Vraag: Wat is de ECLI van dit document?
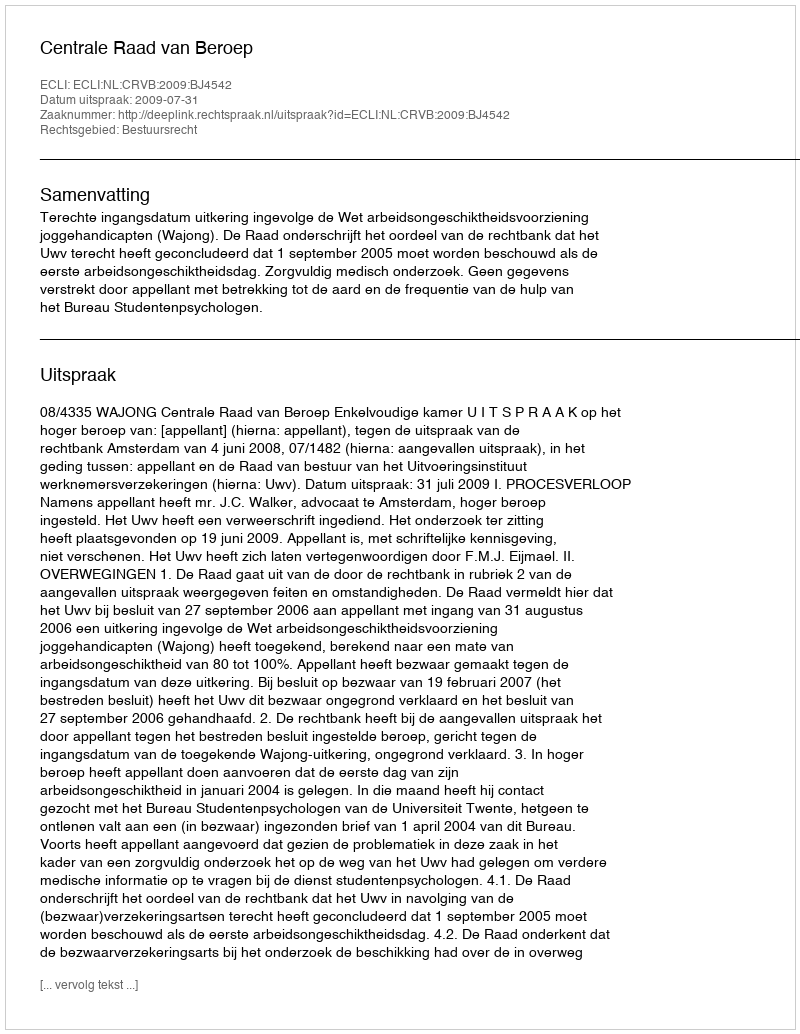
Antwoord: ECLI:NL:CRVB:2009:BJ4542